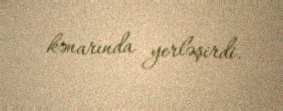
kənarında yerləşirdi.